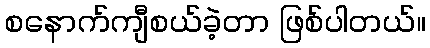
စနောက်ကျီစယ်ခဲ့တာ ဖြစ်ပါတယ်။